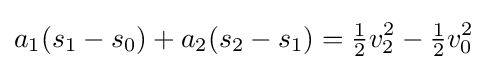
a_{1}(s_{1}-s_{0})+a_{2}(s_{2}-s_{1})={\tfrac {1}{2}}v_{2}^{2}-{\tfrac {1}{2}}v_{0}^{2}